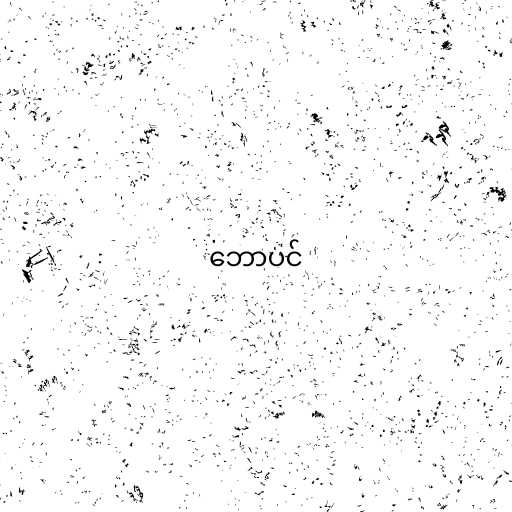
ဘောပင်